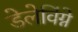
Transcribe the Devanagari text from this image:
डेलेविंग्ने